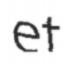
et